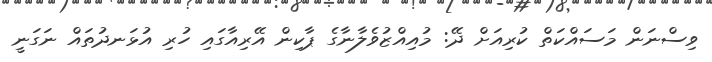
ވިސްނަން މަސައްކަތް ކުރިއަށް ދޭ: މުއިއްޒުވެލާނާގެ ޕާކިން އޭރިއާގައި ހުރި އުޅަނދުތައް ނަގަނީ